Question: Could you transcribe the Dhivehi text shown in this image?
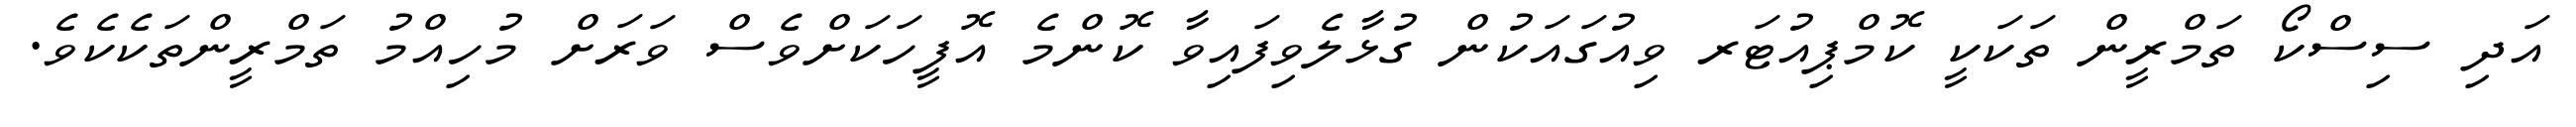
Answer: އަދި ސިސްކޯ ތަމްރީން ތަކަކީ ކޮމްޕިއުޓަރ ވިއުގައަކުން ގުޅާލެވިފައިވާ ކޮންމެ އޮފީހަކަށްވެސް ވަރަށް މުހިއްމު ތަމްރީންތަކެކެވެ.